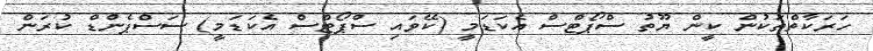
ހަރަކާތްތަކުން ކީން ޔޫތު ސްޕޯޓްސް އެކަޑަމީ (ކޭވައި ސްޕޯޓްސް އެކަޑަމީ) ސަސްޕެންޑް ކުރަން